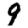
Digit: 9